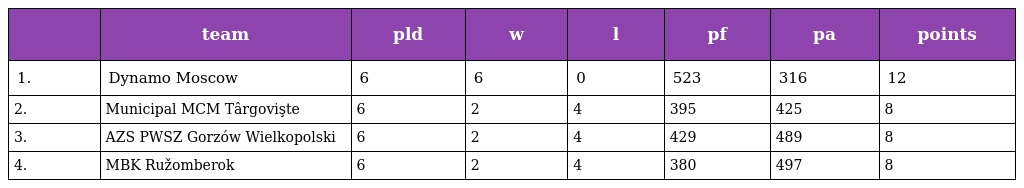
|  | team | pld | w | l | pf | pa | points |
 | --- | --- | --- | --- | --- | --- | --- | --- |
 | 1. | Dynamo Moscow | 6 | 6 | 0 | 523 | 316 | 12 |
 | 2. | Municipal MCM Târgovişte | 6 | 2 | 4 | 395 | 425 | 8 |
 | 3. | AZS PWSZ Gorzów Wielkopolski | 6 | 2 | 4 | 429 | 489 | 8 |
 | 4. | MBK Ružomberok | 6 | 2 | 4 | 380 | 497 | 8 |